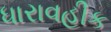
ધારાવહીક